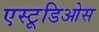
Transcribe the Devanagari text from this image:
एस्टूडिओस